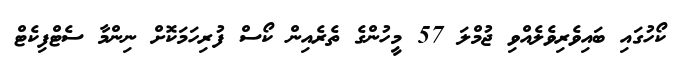
ކޯހުގައި ބައިވެރިވެލެއްވި ޖުމްލަ 57 މީހުންގެ ތެރެއިން ކޯސް ފުރިހަމަކޮށް ނިންމާ ސެޓްފިކެޓް